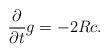
LaTeX: \begin{align*} \frac{\partial}{\partial t} g=-2 Rc. \end{align*}